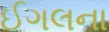
ઈગલના